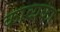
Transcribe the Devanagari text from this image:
काव्यका